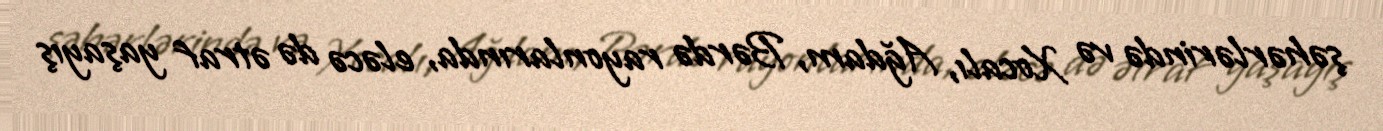
şəhərlərində və Xocalı, Ağdam, Bərdə rayonlarında, eləcə də ətraf yaşayış